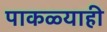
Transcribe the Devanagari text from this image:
पाकळ्याही